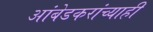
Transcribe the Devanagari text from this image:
आंबेडकरांच्याही